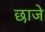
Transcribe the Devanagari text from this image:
छाजे